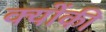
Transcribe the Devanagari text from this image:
क्‍योंकी